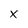
Character: X